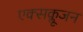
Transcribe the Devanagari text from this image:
एक्सक्लूजन